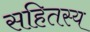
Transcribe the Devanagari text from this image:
सहितस्य